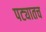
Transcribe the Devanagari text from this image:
पट्यातच